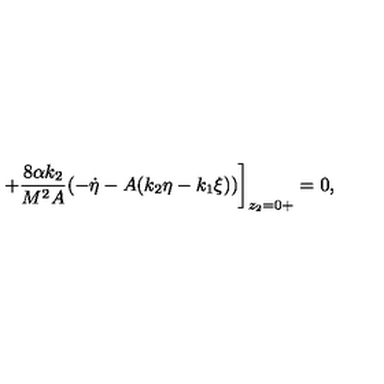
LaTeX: + \frac { 8 \alpha k _ { 2 } } { M ^ { 2 } A } ( - \dot { \eta } - A ( k _ { 2 } \eta - k _ { 1 } \xi ) ) \bigg ] _ { z _ { 2 } = 0 + } = 0 ,